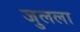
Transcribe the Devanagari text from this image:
जुलला